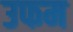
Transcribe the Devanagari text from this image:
उफम